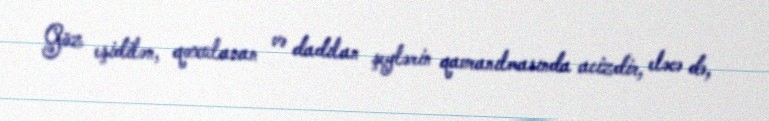
Göz eşidilən, qoxulanan və dadılan şeylərin qavranılmasında acizdir, eləcə də,